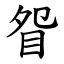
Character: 眢